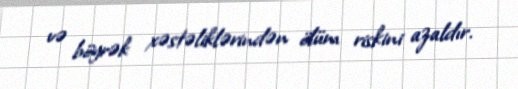
və böyrək xəstəliklərindən ölüm riskini azaldır.